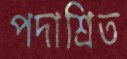
পদাশ্রিত